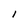
Character: I